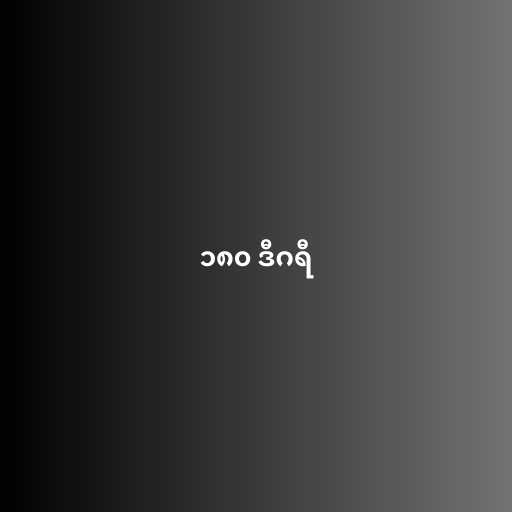
၁၈၀ ဒီဂရီ